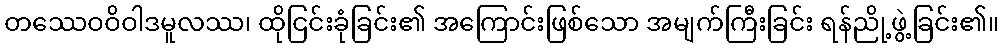
တဿေဝဝိဝါဒမူလဿ၊ ထိုငြင်းခုံခြင်း၏ အကြောင်းဖြစ်သော အမျက်ကြီးခြင်း ရန်ညို့ဖွဲ့ခြင်း၏။